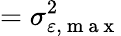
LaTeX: =\sigma_{\varepsilon,\mathrm{~m~a~x~}}^{2}